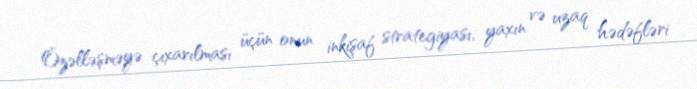
Özəlləşməyə çıxarılması üçün onun inkişaf strategiyası, yaxın və uzaq hədəfləri